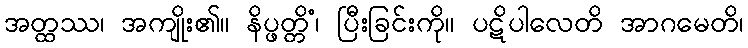
အတ္ထဿ၊ အကျိုး၏။ နိပ္ဖတ္တိံ၊ ပြီးခြင်းကို။ ပဋိပါလေတိ အာဂမေတိ၊